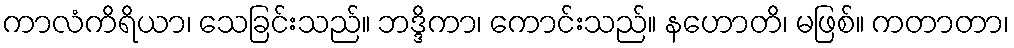
ကာလံကိရိယာ၊ သေခြင်းသည်။ ဘဒ္ဒိကာ၊ ကောင်းသည်။ နဟောတိ၊ မဖြစ်။ ကတာတာ၊